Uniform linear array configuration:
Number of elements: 48
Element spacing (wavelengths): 0.5
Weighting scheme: blackman
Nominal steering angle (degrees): -15
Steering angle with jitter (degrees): -16.405
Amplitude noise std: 0.05
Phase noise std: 0.05

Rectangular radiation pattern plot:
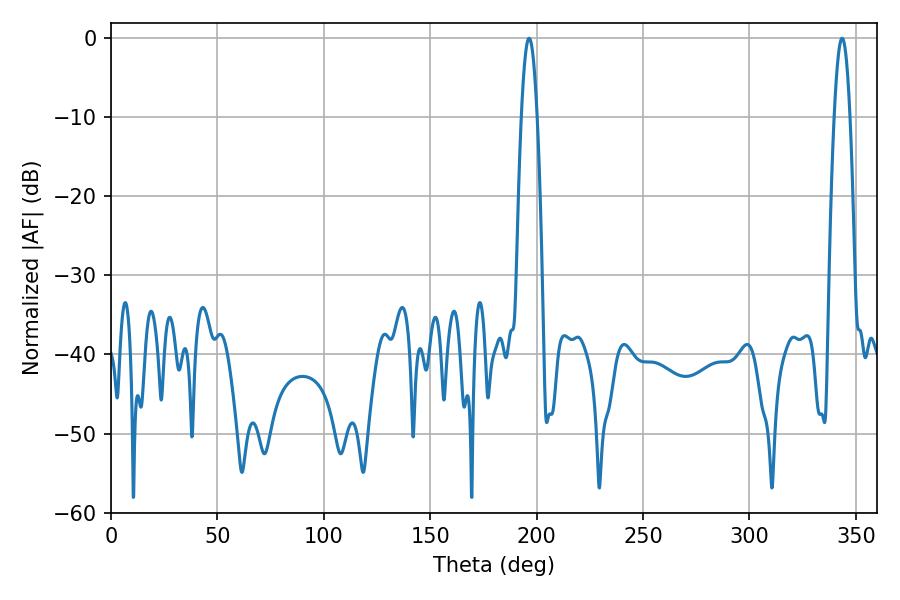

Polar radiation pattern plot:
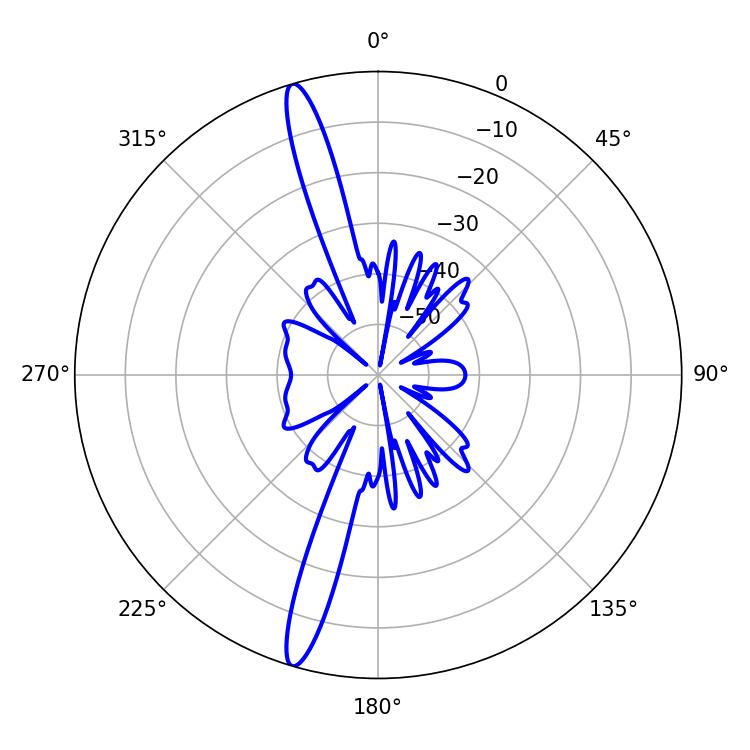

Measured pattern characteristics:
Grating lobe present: FALSE
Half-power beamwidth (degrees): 4.14
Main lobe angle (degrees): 196.38